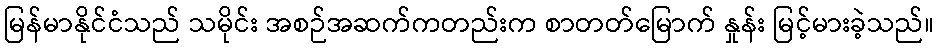
မြန်မာနိုင်ငံသည် သမိုင်း အစဉ်အဆက်ကတည်းက စာတတ်မြောက် နှုန်း မြင့်မားခဲ့သည်။